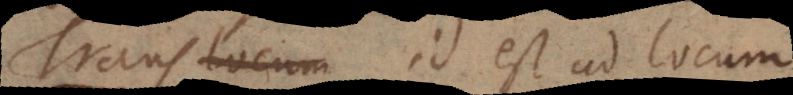
Trans, id est ad locum